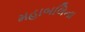
મહાબલિના